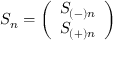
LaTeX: S _ { n } = \left( \begin{array} { c } { { S _ { ( - ) n } } } \\ { { S _ { ( + ) n } } } \end{array} \right)